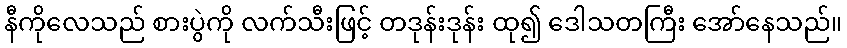
နီကိုလေသည် စားပွဲကို လက်သီးဖြင့် တဒုန်းဒုန်း ထု၍ ဒေါသတကြီး အော်နေသည်။